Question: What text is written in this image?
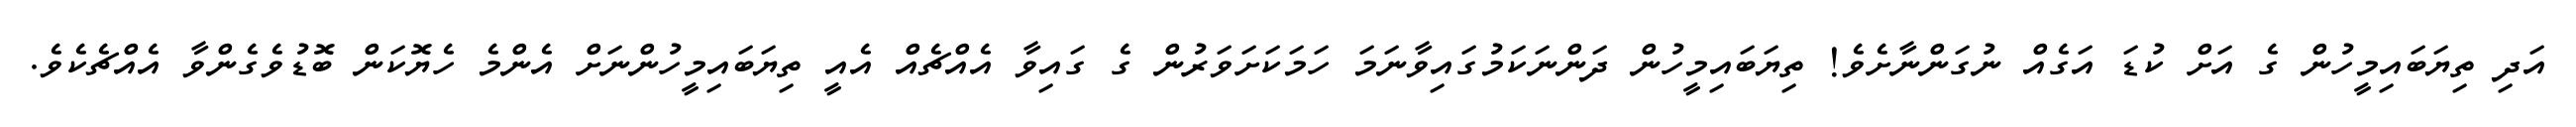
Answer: އަދި ތިޔަބައިމީހުން ގެ އަށް ކުޑަ އަގެއް ނުގަންނާށެވެ! ތިޔަބައިމީހުން ދަންނަކަމުގައިވާނަމަ ހަމަކަށަވަރުން ގެ ގައިވާ އެއްޗެއް އެއީ ތިޔަބައިމީހުންނަށް އެންމެ ހެޔޮކަން ބޮޑުވެގެންވާ އެއްޗެކެވެ.